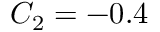
C _ { 2 } = - 0 . 4